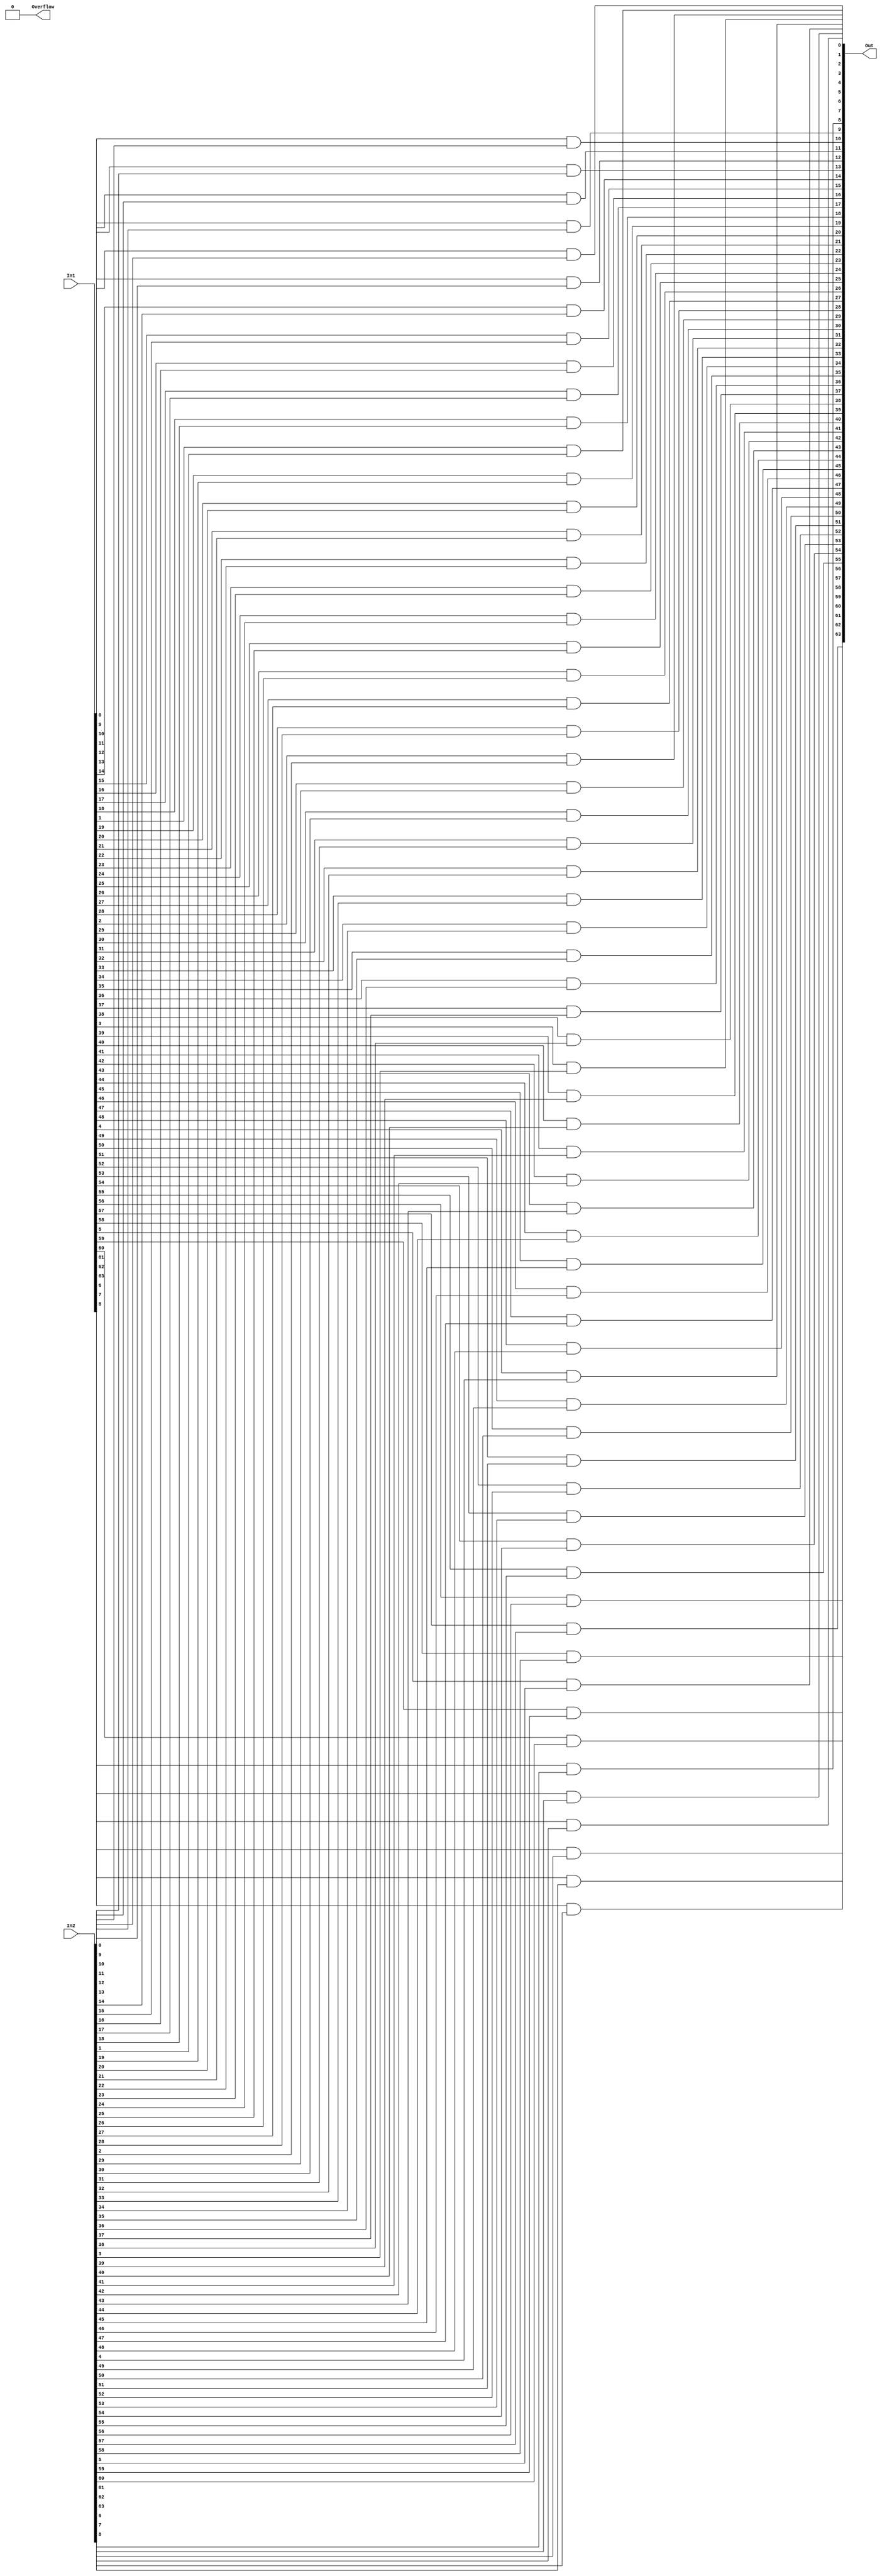
module And (In1,In2,Out,Overflow);
    parameter N = 64;
    input [N-1:0] In1,In2;
    output [N-1:0]Out;
    output Overflow;
    
    genvar i;
    generate
        for (i = 0; i < N; i = i + 1)
            and x1(Out[i], In1[i], In2[i]);
    endgenerate
    assign Overflow = 1'b0;
endmodule